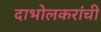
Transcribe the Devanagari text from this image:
दाभोलकरांची